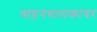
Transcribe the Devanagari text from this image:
वाहनचालकांवर